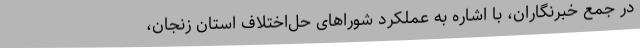
در جمع خبرنگاران، با اشاره به عملکرد شوراهای حل‌اختلاف استان زنجان،